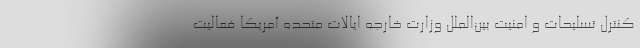
کنترل تسلیحات و امنیت بین‌الملل وزارت خارجه ایالات متحده آمریکا فعالیت